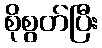
စိုစွတ်ပြီး